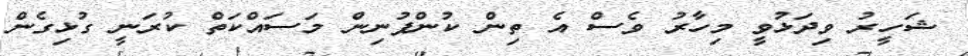
ޝަހީރު ވިދަޅުވީ މިހާރު ވެސް އެ ތިން ކުންފުނިން މަސައްކަތް ކުރަނީ ގުޅިގެން